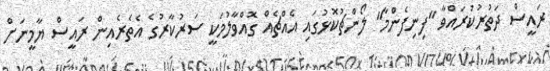
ރައީސް ދަތުރުކުރައްވާ "ފިނިފެންމާ" ލޯންޗުކޮޅުގައި އެއްޗެއް ގޮއްވާލުމަކީ ސަރުކާރުގެ އެތެރެއިން ރައީސް ޔާމީނަށް